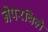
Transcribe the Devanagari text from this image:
नेपरविले